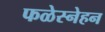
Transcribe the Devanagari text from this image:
फळेस्नेहन